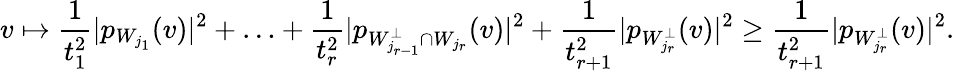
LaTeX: v\mapsto\frac{1}{t_{1}^{2}}|p_{W_{j_{1}}}(v)|^{2}+\ldots+\frac{1}{t_{r}^{2}}|p_{W_{j_{r-1}}^{\perp}\cap W_{j_{r}}}(v)|^{2}+\frac{1}{t_{r+1}^{2}}|p_{W_{j_{r}}^{\perp}}(v)|^{2}\geq\frac{1}{t_{r+1}^{2}}|p_{W_{j_{r}}^{\perp}}(v)|^{2}.